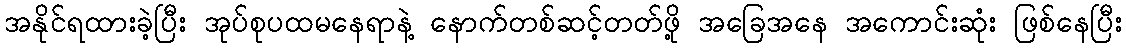
အနိုင်ရထားခဲ့ပြီး အုပ်စုပထမနေရာနဲ့ နောက်တစ်ဆင့်တတ်ဖို့ အခြေအနေ အကောင်းဆုံး ဖြစ်နေပြီး